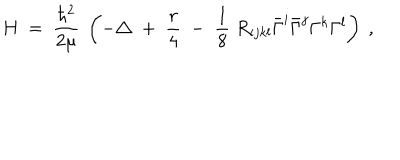
H \ = \ \frac { \hbar ^ { 2 } } { 2 \mu } \ \left( - \triangle \; + \; \frac r 4 \; - \; \frac 1 8 \; R _ { i j k l } \bar { \Gamma } ^ { i } \bar { \Gamma } ^ { j } \Gamma ^ { k } \Gamma ^ { l } \right) \ ,